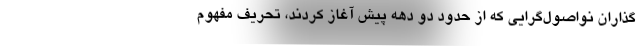
گذاران نواصول‌گرایی که از حدود دو دهه پیش آغاز کردند، تحریف مفهوم